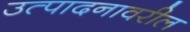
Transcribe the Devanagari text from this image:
उत्पादनावरील